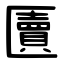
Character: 匵